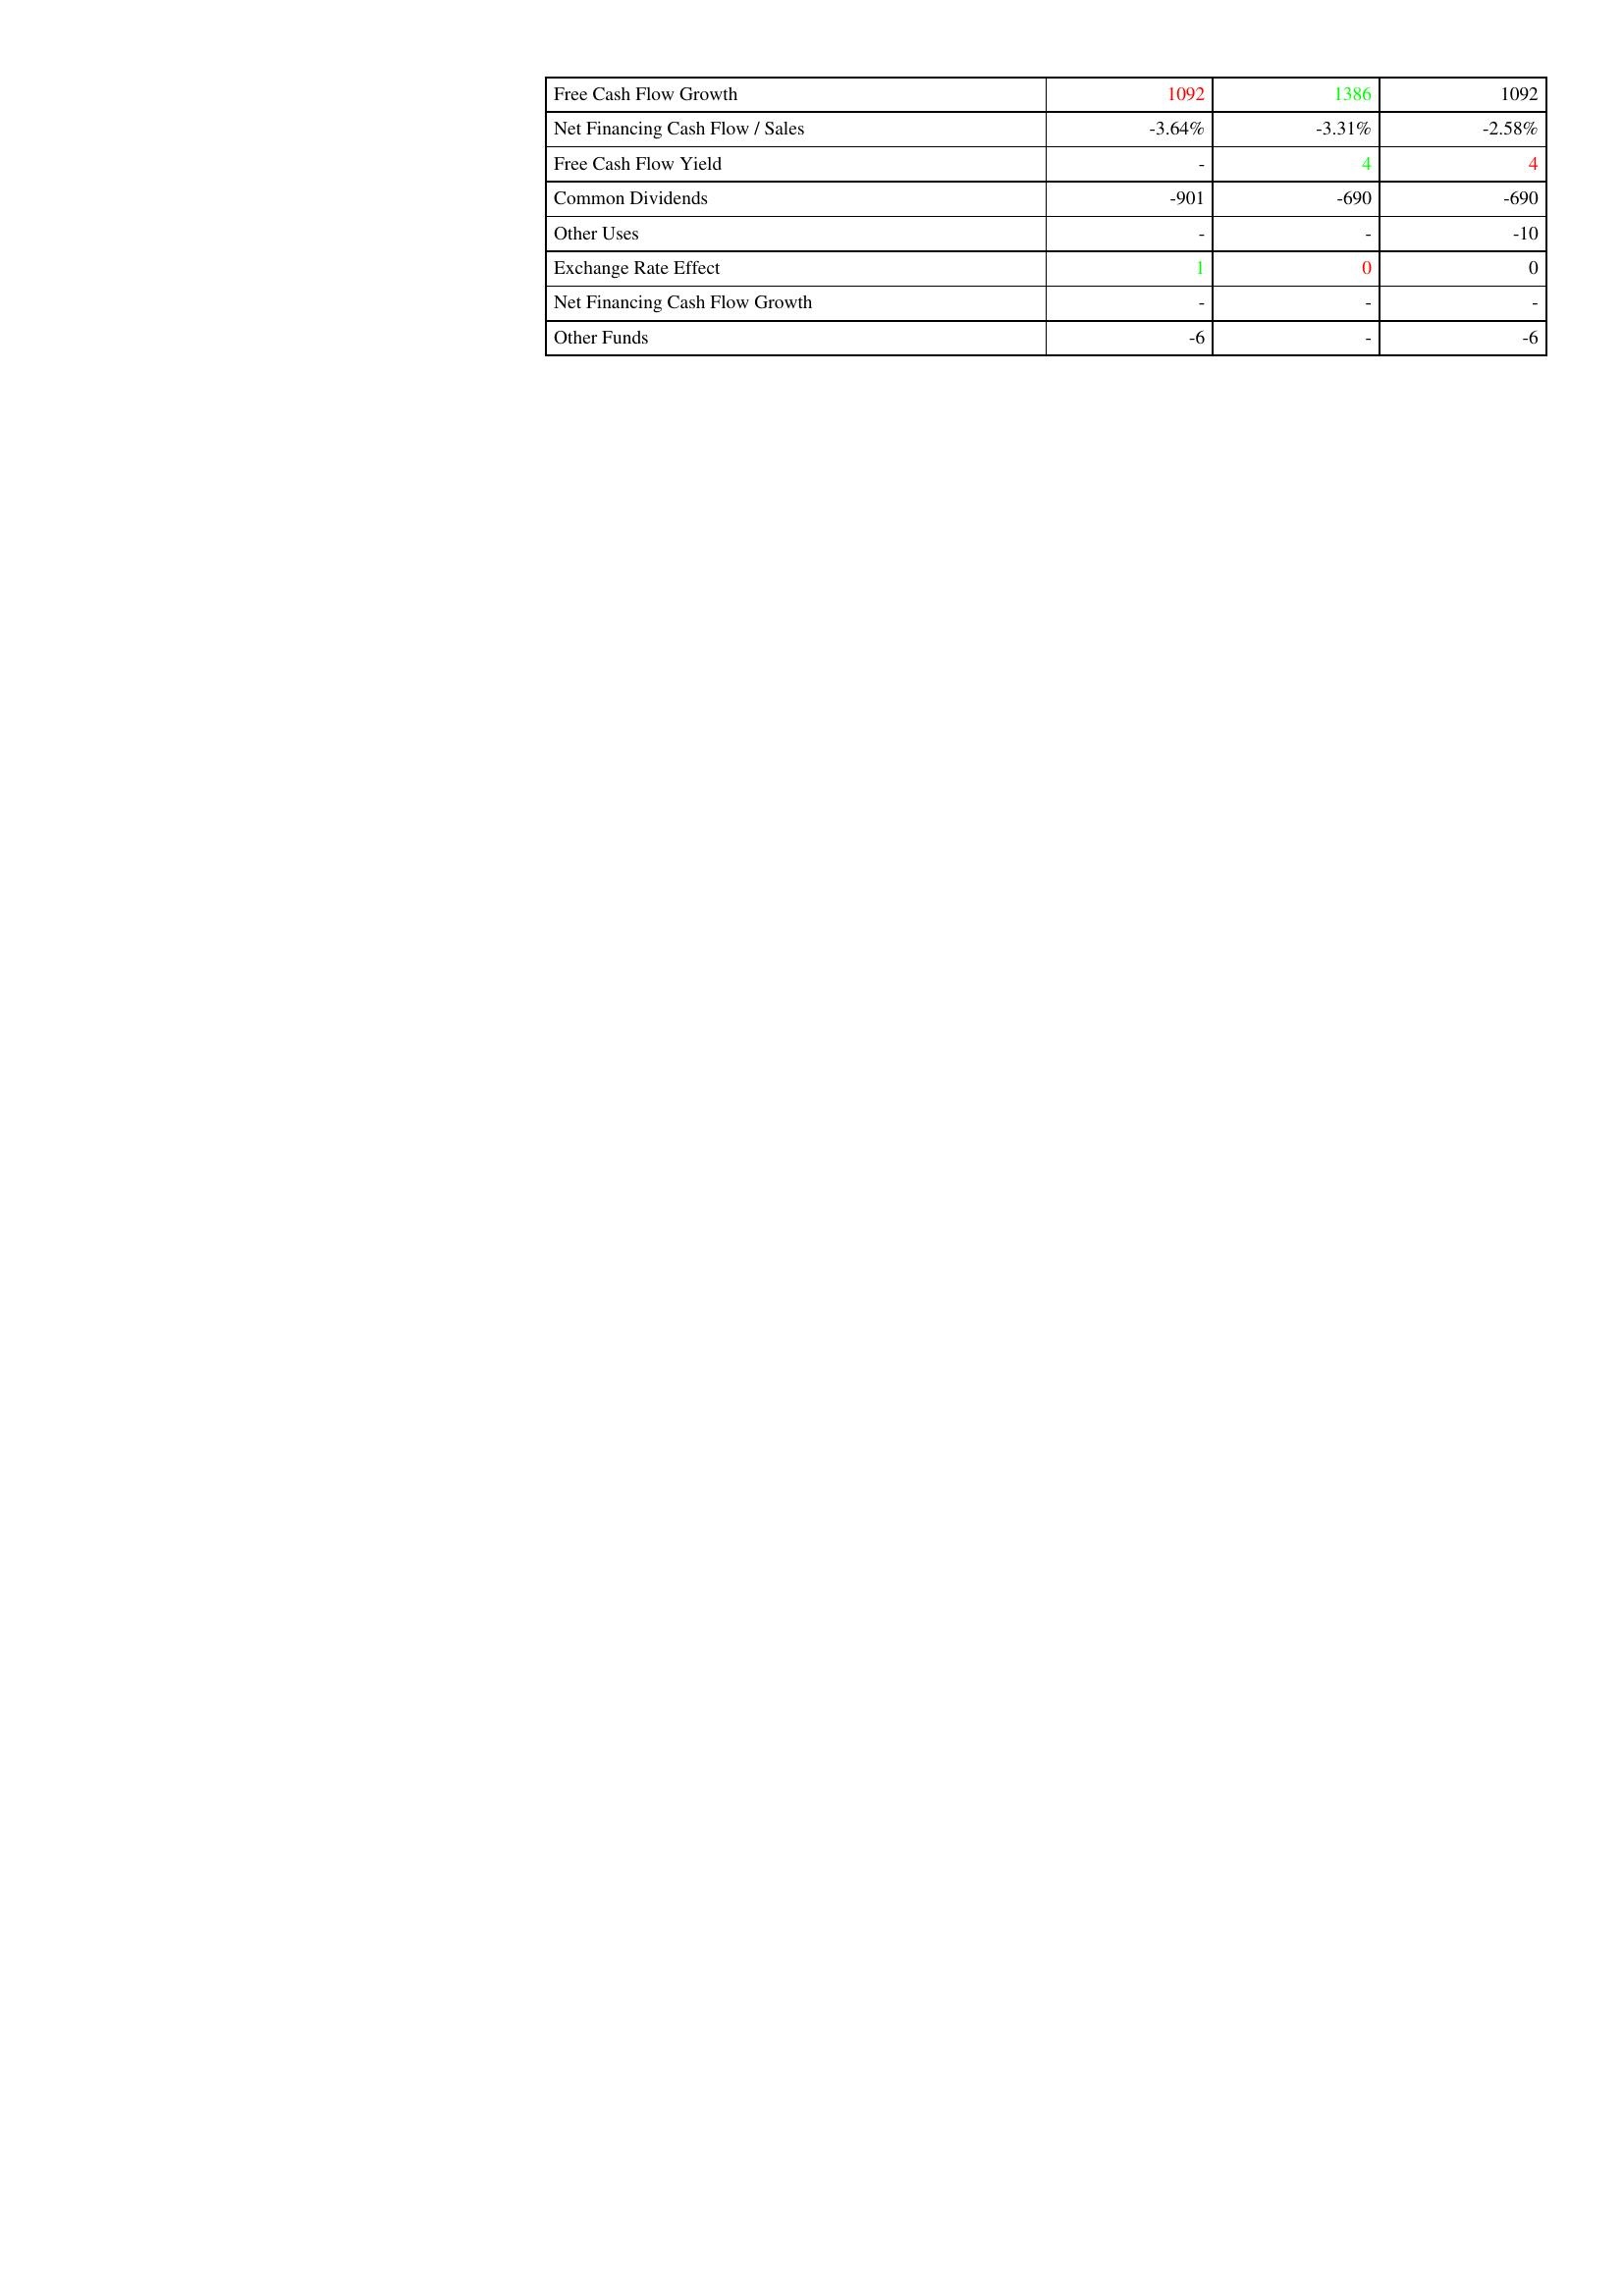
gt_parse: 2010: Financing Activities: Free Cash Flow Growth: 1092
Net Financing Cash Flow / Sales: -3.64%
Free Cash Flow Yield: -
Common Dividends: -901
Other Uses: -
Exchange Rate Effect: 1
Net Financing Cash Flow Growth: -
Other Funds: -6
2009: Financing Activities: Free Cash Flow Growth: 1386
Net Financing Cash Flow / Sales: -3.31%
Free Cash Flow Yield: 4
Common Dividends: -690
Other Uses: -
Exchange Rate Effect: 0
Net Financing Cash Flow Growth: -
Other Funds: -
2008: Financing Activities: Free Cash Flow Growth: 1092
Net Financing Cash Flow / Sales: -2.58%
Free Cash Flow Yield: 4
Common Dividends: -690
Other Uses: -10
Exchange Rate Effect: 0
Net Financing Cash Flow Growth: -
Other Funds: -6